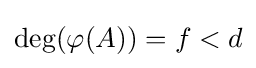
\deg(\varphi (A))=f<d